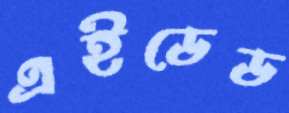
এইডেড